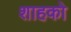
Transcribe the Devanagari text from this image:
शाहको